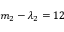
m _ { 2 } - \lambda _ { 2 } = 1 2